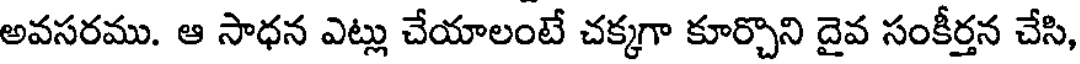
అవసరము. ఆ సాధన ఎట్లు చేయాలంటే చక్కగా కూర్చొని దైవ సంకీర్తన చేసి,